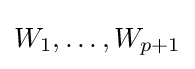
W_{1},\ldots ,W_{p+1}